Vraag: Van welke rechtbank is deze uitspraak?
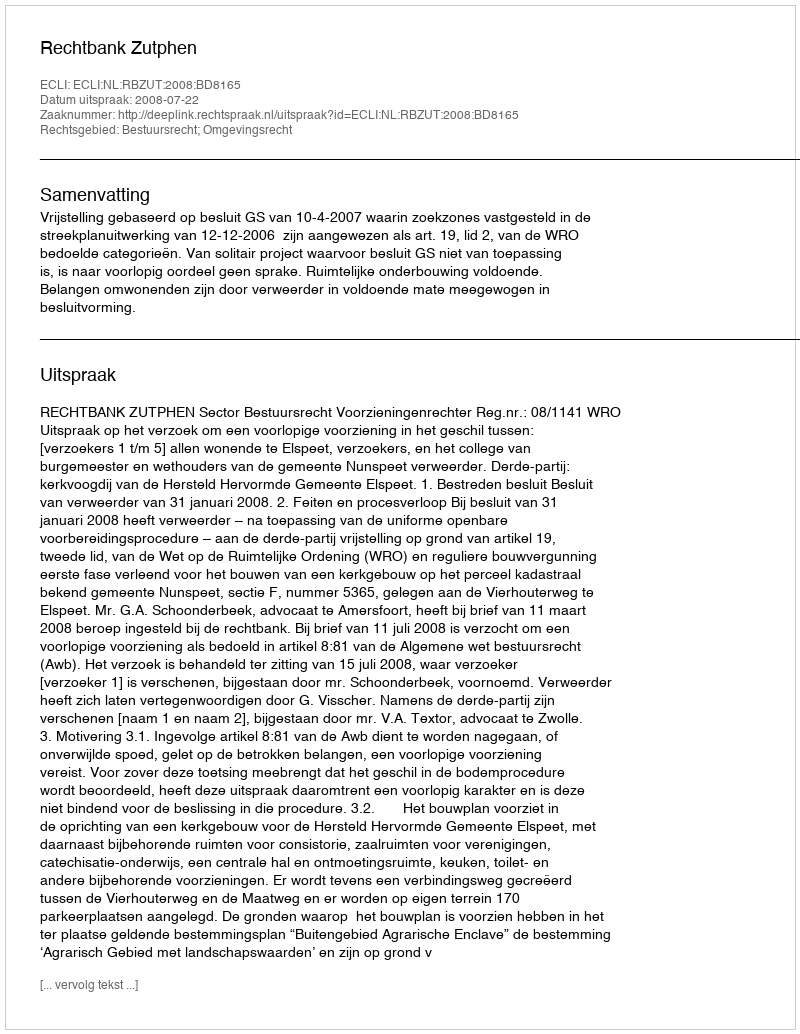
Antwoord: Rechtbank Zutphen